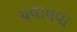
ચલાવવા